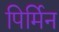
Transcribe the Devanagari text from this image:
पिर्मिन